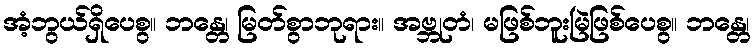
အံ့ဘွယ်ရှိပေစွ။ ဘန္တေ၊ မြတ်စွာဘုရား။ အဗ္ဘုတံ၊ မဖြစ်ဘူးမြဲဖြစ်ပေစွ။ ဘန္တေ၊